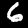
Digit: 6